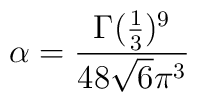
\alpha=\frac{\Gamma(\frac{1}{3})^{9}}{48\sqrt{6} \pi^{3}}